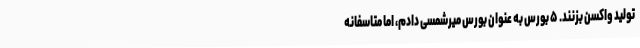
تولید واکسن بزنند. ۵ بورس به عنوان بورس میرشمسی دادم، اما متاسفانه